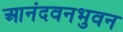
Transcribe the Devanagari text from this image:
आनंदवनभुवन